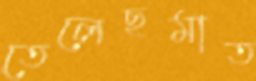
তেলেছমাত